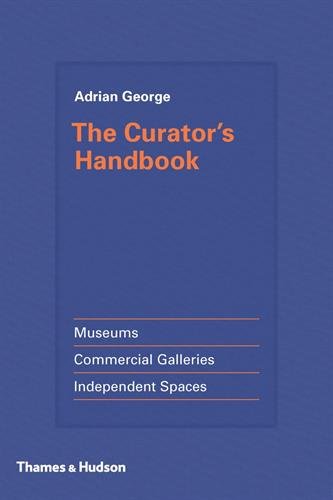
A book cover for The Curator's Handbook; Adrian George; Arts & Photography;